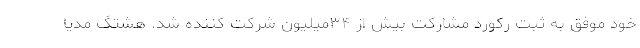
خود موفق به ثبت رکورد مشارکت بیش از ۳۴میلیون شرکت کننده شد. هشتگ مدیا